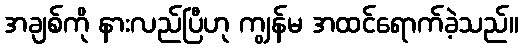
အချစ်ကို နားလည်ပြီဟု ကျွန်မ အထင်ရောက်ခဲ့သည်။